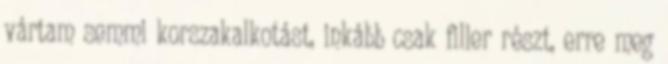
vártam semmi korszakalkotást, inkább csak filler részt, erre meg